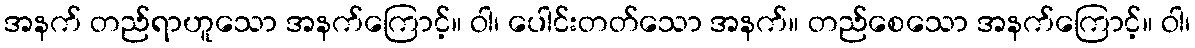
အနက် တည်ရာဟူသော အနက်ကြောင့်။ ဝါ၊ ပေါင်းတတ်သော အနက်။ တည်စေသော အနက်ကြောင့်။ ဝါ၊